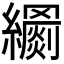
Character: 𦆢